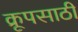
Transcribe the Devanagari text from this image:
क्रूपसाठी